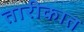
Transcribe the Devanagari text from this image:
तारीकात